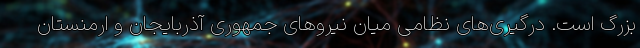
بزرگ است. درگیری‌های نظامی میان نیروهای جمهوری آذربایجان و ارمنستان